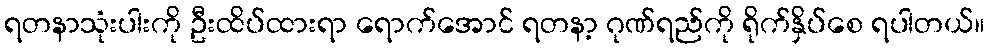
ရတနာသုံးပါးကို ဦးထိပ်ထားရာ ရောက်အောင် ရတနာ့ ဂုဏ်ရည်ကို ရိုက်နှိပ်စေ ရပါတယ်။